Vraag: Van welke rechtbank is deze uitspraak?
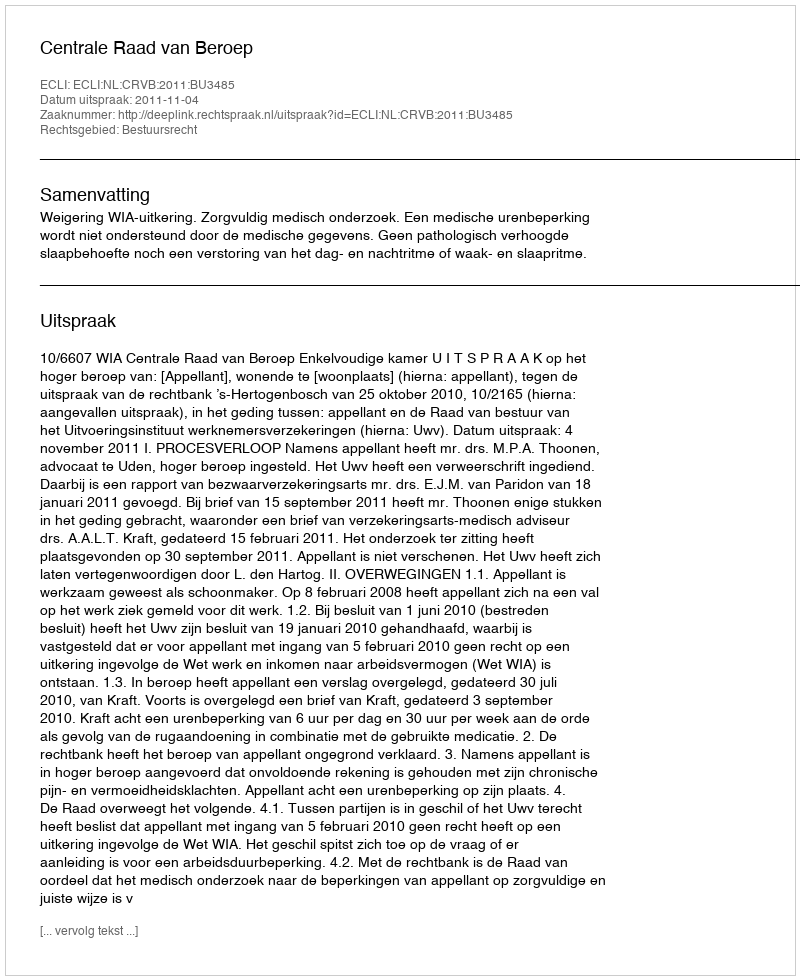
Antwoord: Centrale Raad van Beroep